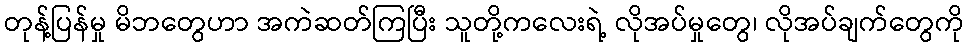
တုန့်ပြန်မှု မိဘတွေဟာ အကဲဆတ်ကြပြီး သူတို့ကလေးရဲ့ လိုအပ်မှုတွေ၊ လိုအပ်ချက်တွေကို